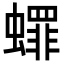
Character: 𬠯